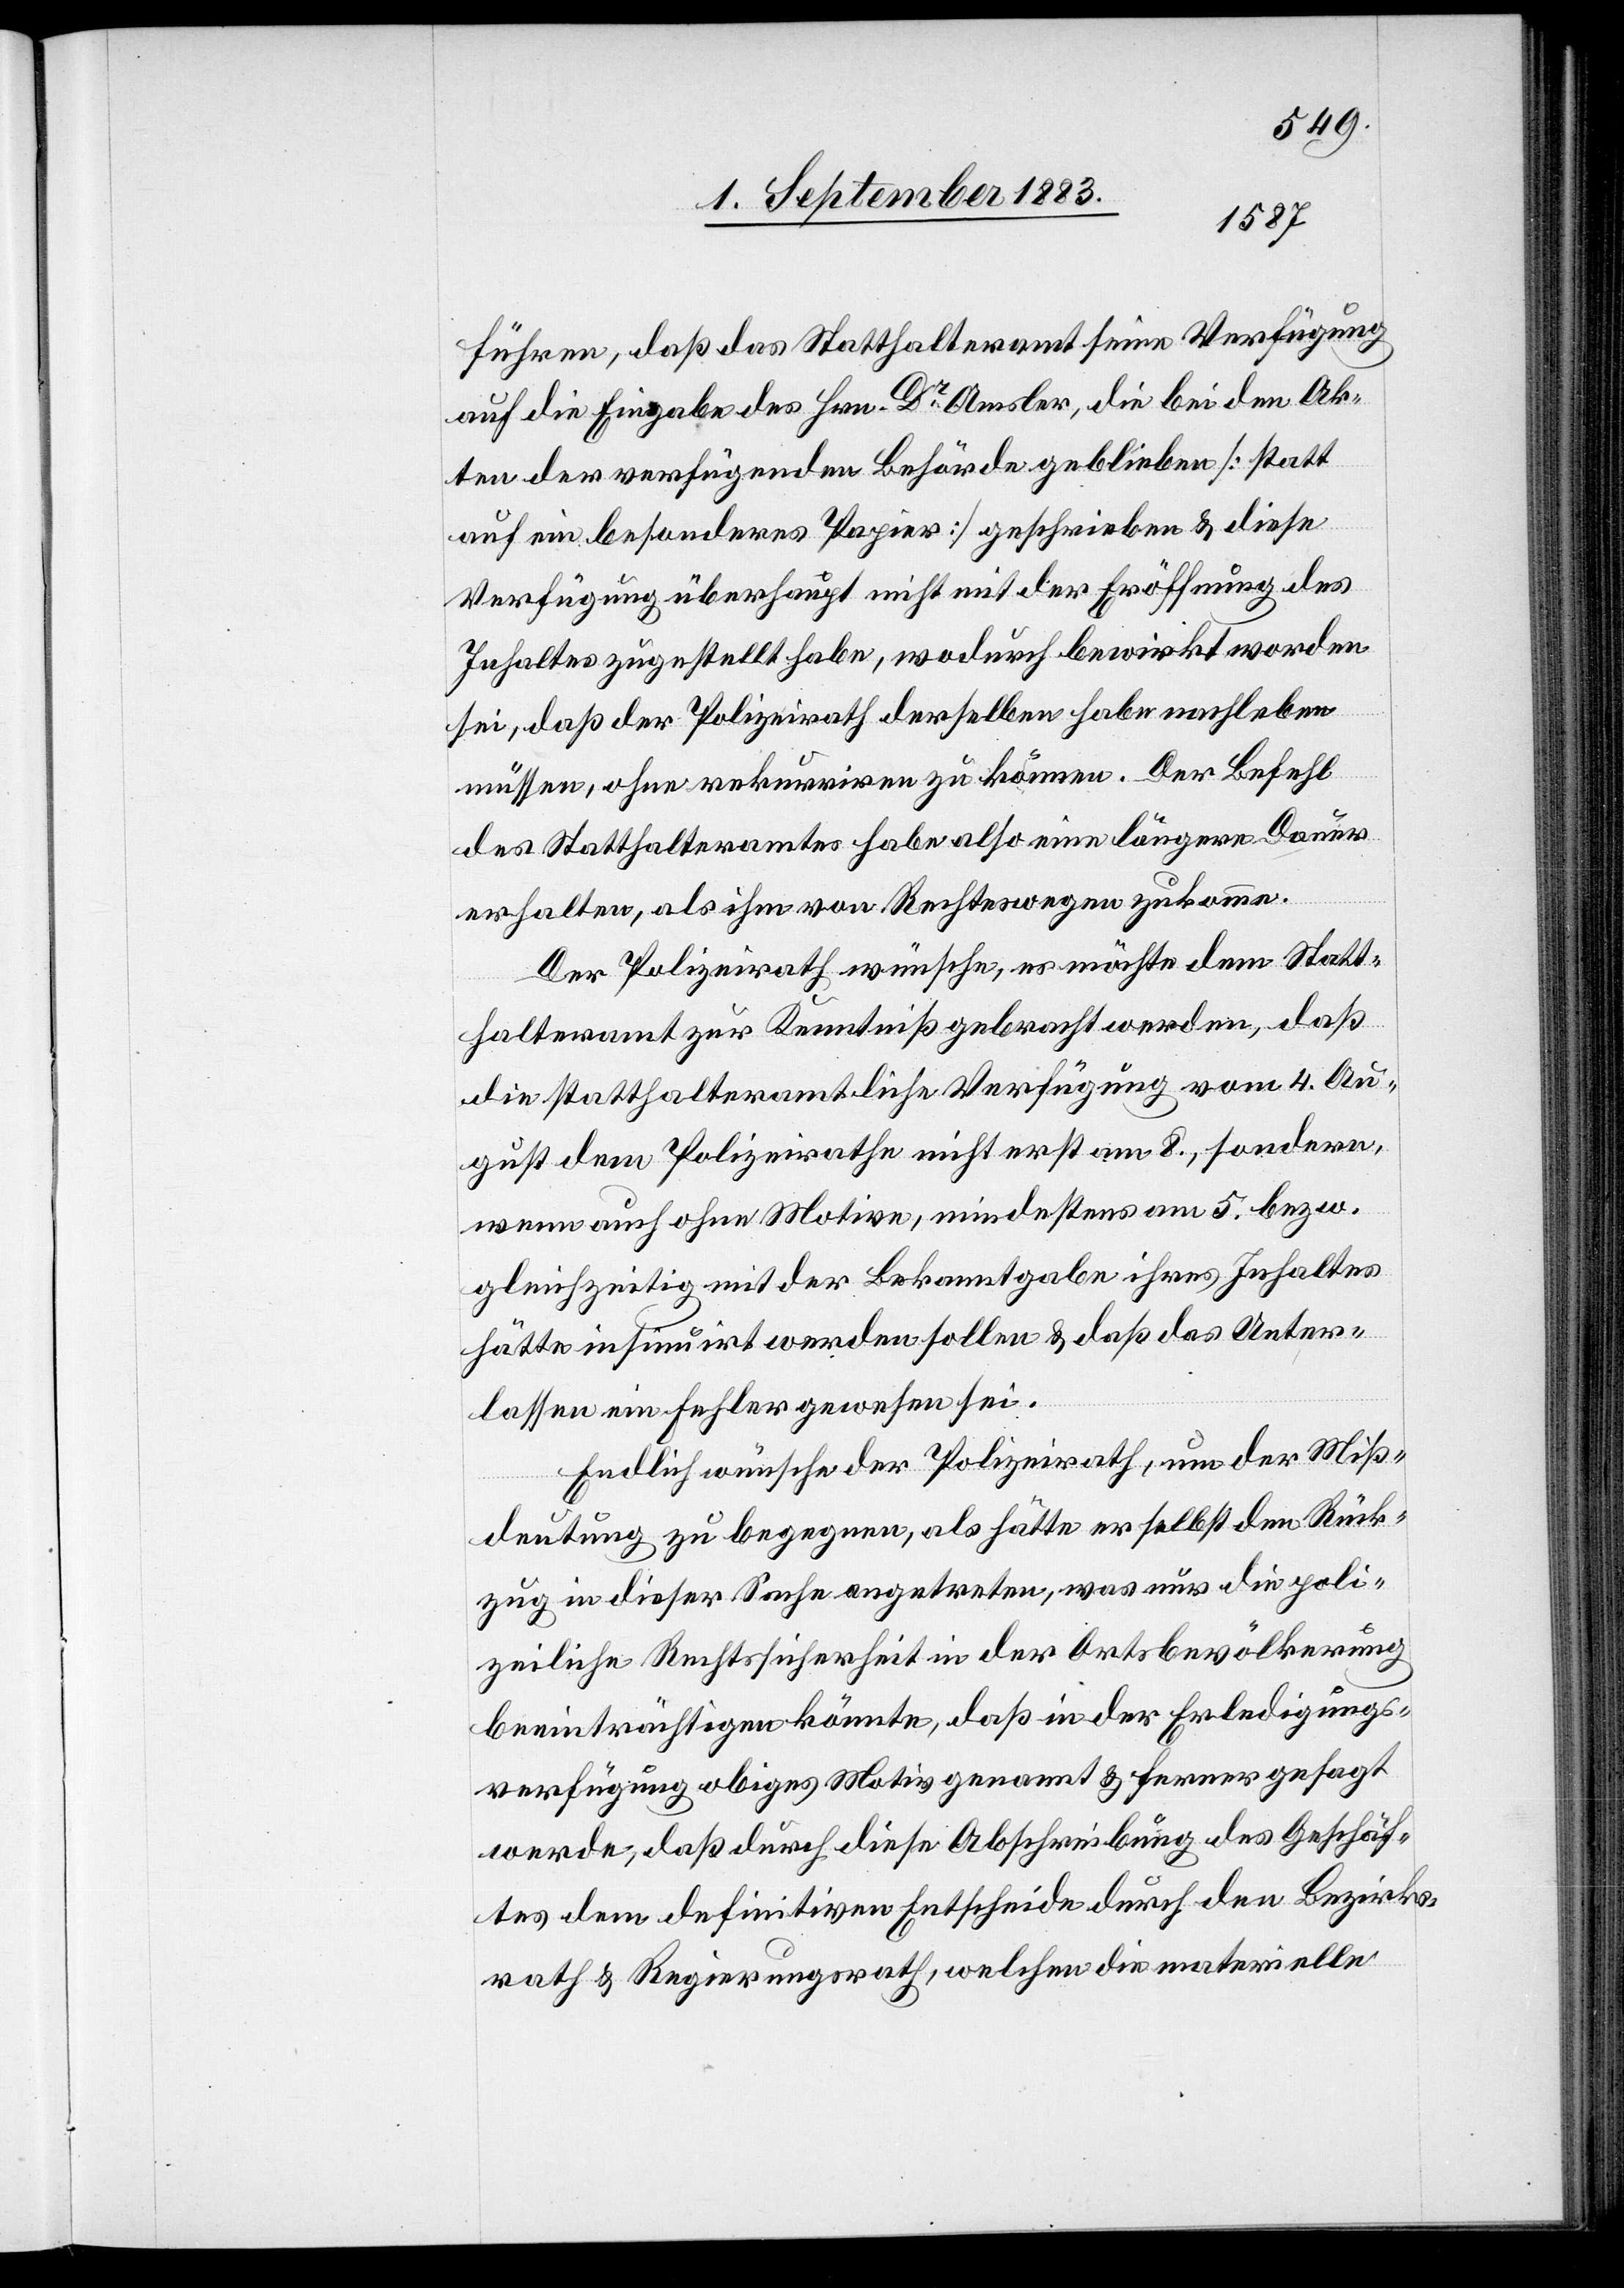
führen, daß das Statthalteramt seine Verfügung
auf die Eingabe des Hrn. Dr Amsler, die bei den Ak¬
ten der verfügenden Behörden geblieben [statt
auf ein besonderes Papier] geschrieben & diese
Verfügung überhaupt nicht mit der Eröffnung des
Inhaltes zugestellt habe, wodurch bewirkt worden
sei, daß der Polizeirath derselben habe nachleben
müssen, ohne rekurriren zu können. Der Befehl
des Statthalteramtes habe als eine längere Dauer
erhalten, als im von Rechtswegen zukomme.
Der Polizeirath wünsche, es möchte dem Statt¬
halteramt zur Kenntniß gebracht werden, daß
die statthalteramtliche Verfügung vom 4. Au¬
gust dem Polizeirathe nicht erst am 8., sondern,
wenn auch ohne Motive, mindestens am 5. bezw.
gleichzeitig mit der Bekanntgabe ihres Inhaltes
hätte insinuirt werden sollen & daß das Unter¬
lassen ein Fehler gewesen sei,
Endlich wünsche der Polizeirath, um der Miß¬
deutung zu begegnen, als hätte er selbst den Rück¬
zug in dieser Sache angetreten, was nur die poli¬
zeiliche Rechtssicherheit in der Ortsbevölkerung
beeinträchtigen könnte, daß in der Erledigungs¬
verfügung obiges Motiv genannt & ferner gesagt
werde, daß durch diese Abschreibung des Geschäf¬
tes dem definitiven Entscheide durch den Bezirks¬
rath & Regierungsrath, welcher die materielle